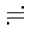
\risingdotseq